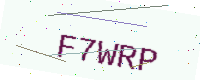
Text: F7WRP